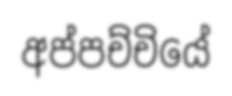
අප්පච්චියේ